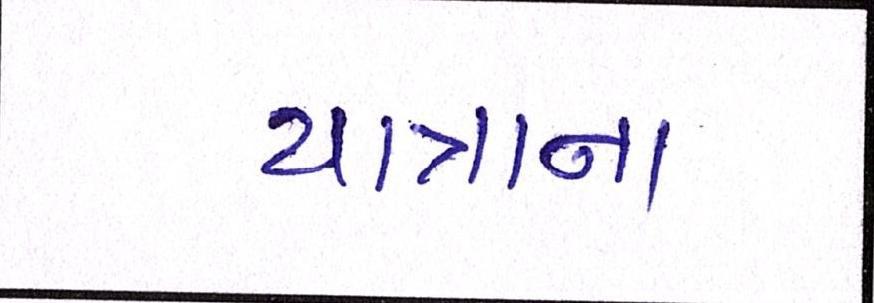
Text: યાત્રાના